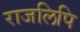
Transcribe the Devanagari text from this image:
राजलिपि